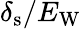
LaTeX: \delta_{\mathrm{s}}/E_{\mathrm{W}}